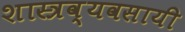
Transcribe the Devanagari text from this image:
शास्त्रव्यवसायी